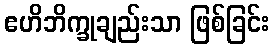
ဧဟိဘိက္ခုချည်းသာ ဖြစ်ခြင်း